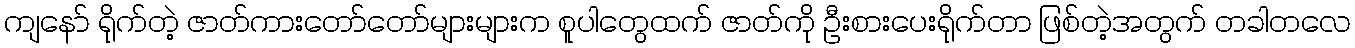
ကျနော် ရိုက်တဲ့ ဇာတ်ကားတော်တော်များများက စူပါတွေထက် ဇာတ်ကို ဦးစားပေးရိုက်တာ ဖြစ်တဲ့အတွက် တခါတလေ